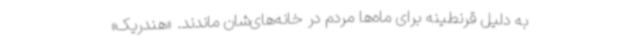
به دلیل قرنطینه برای ماه‌ها مردم در خانه‌های‌شان ماندند. «هندریک»